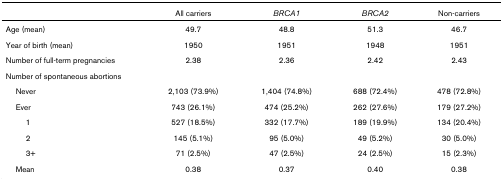
<table><thead><tr><td></td><td><b>All carriers</b></td><td><b><i>BRCA1</i></b></td><td><b><i>BRCA2</i></b></td><td><b>Non-carriers</b></td></tr></thead><tbody><tr><td>Age (mean)</td><td>49.7</td><td>48.8</td><td>51.3</td><td>46.7</td></tr><tr><td>Year of birth (mean)</td><td>1950</td><td>1951</td><td>1948</td><td>1951</td></tr><tr><td>Number of full-term pregnancies</td><td>2.38</td><td>2.36</td><td>2.42</td><td>2.43</td></tr><tr><td>Number of spontaneous abortions</td><td></td><td></td><td></td><td></td></tr><tr><td> Never</td><td>2,103 (73.9%)</td><td>1,404 (74.8%)</td><td>688 (72.4%)</td><td>478 (72.8%)</td></tr><tr><td> Ever</td><td>743 (26.1%)</td><td>474 (25.2%)</td><td>262 (27.6%)</td><td>179 (27.2%)</td></tr><tr><td>1</td><td>527 (18.5%)</td><td>332 (17.7%)</td><td>189 (19.9%)</td><td>134 (20.4%)</td></tr><tr><td>2</td><td>145 (5.1%)</td><td>95 (5.0%)</td><td>49 (5.2%)</td><td>30 (5.0%)</td></tr><tr><td>3+</td><td>71 (2.5%)</td><td>47 (2.5%)</td><td>24 (2.5%)</td><td>15 (2.3%)</td></tr><tr><td> Mean</td><td>0.38</td><td>0.37</td><td>0.40</td><td>0.38</td></tr></tbody></table>